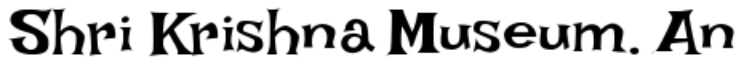
Shri Krishna Museum. An